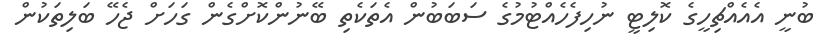
ބުނީ އެއެއްޗިހީގެ ކޮލިޓީ ނުހިފެހެއްޓުމުގެ ސަބަބުން އެތަކެތި ބޭނުންކޮށްގެން ގަހަށް ޖެހޭ ބަލިތަކުން